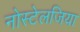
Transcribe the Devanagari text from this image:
नोस्‍टेलजिया